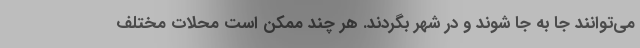
می‌توانند جا به جا شوند و در شهر بگردند. هر چند ممکن است محلات مختلف